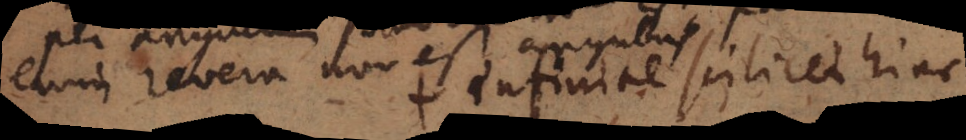
enim revera non est angulus. + infinite scilicet hinc